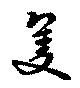
隻